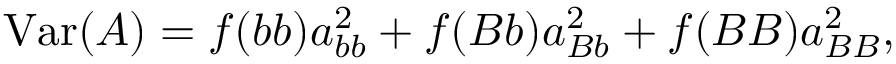
\mathrm { V a r } ( A ) = f ( b b ) a _ { b b } ^ { 2 } + f ( B b ) a _ { B b } ^ { 2 } + f ( B B ) a _ { B B } ^ { 2 } ,